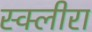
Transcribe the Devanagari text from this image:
स्क्लीरा